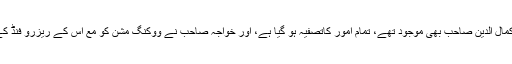
چنانچہ جلسہ سالانہ کے موقعہ پر جب بیرون جا ت کے احباب بکثرت یہاں موجود تھے، اور جناب خواجہ کمال الدین صاحب بھی موجود تھے، تمام امور کاتصفیہ ہو گیا ہے، اور خواجہ صاحب نے ووکنگ مشن کو مع اس کے ریزرو فنڈ کے انجمن کے سپرد کر دیا، اور باقی تمام امور بھی جو تصفیہ طلب تھے نہایت خوبی سے طے ہوگئے ہیں’’۔